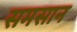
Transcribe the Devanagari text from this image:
समसान